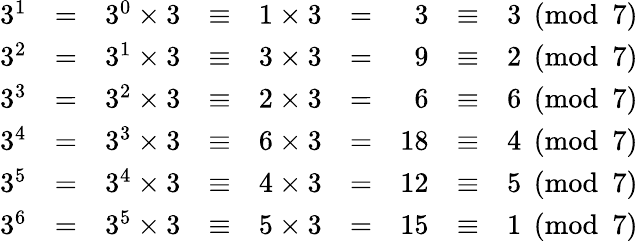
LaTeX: {\begin{array}{rcrcrcrcrcr}{3^{1}}&{=}&{3^{0}\times 3}&{\equiv}&{1\times 3}&{=}&{3}&{\equiv}&{3{\pmod{7}}}\\ {3^{2}}&{=}&{3^{1}\times 3}&{\equiv}&{3\times 3}&{=}&{9}&{\equiv}&{2{\pmod{7}}}\\ {3^{3}}&{=}&{3^{2}\times 3}&{\equiv}&{2\times 3}&{=}&{6}&{\equiv}&{6{\pmod{7}}}\\ {3^{4}}&{=}&{3^{3}\times 3}&{\equiv}&{6\times 3}&{=}&{18}&{\equiv}&{4{\pmod{7}}}\\ {3^{5}}&{=}&{3^{4}\times 3}&{\equiv}&{4\times 3}&{=}&{12}&{\equiv}&{5{\pmod{7}}}\\ {3^{6}}&{=}&{3^{5}\times 3}&{\equiv}&{5\times 3}&{=}&{15}&{\equiv}&{1{\pmod{7}}}\end{array}}